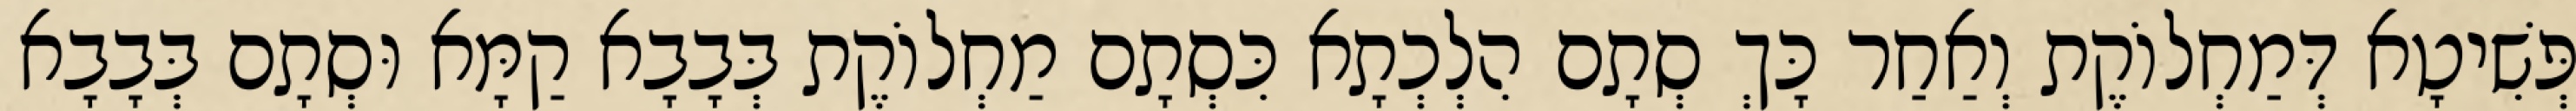
פְּשִׁיטָא דְּמַחְלוֹקֶת וְאַחַר כָּךְ סְתָם הִלְכְתָא כִּסְתָם מַחְלוֹקֶת בְּבָבָא קַמָּא וּסְתָם בְּבָבָא